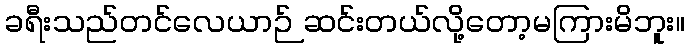
ခရီးသည်တင်လေယာဉ် ဆင်းတယ်လို့တော့မကြားမိဘူး။